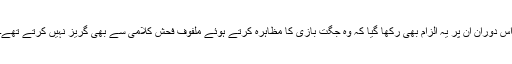
اس دوران ان پر یہ الزام بھی رکھا گیا کہ وہ جگت بازی کا مظاہرہ کرتے ہوئے ملفوف فحش کلامی سے بھی گریز نہیں کرتے تھے۔